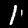
Digit: 1